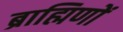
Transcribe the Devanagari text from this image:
ब्राह्मिणों